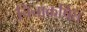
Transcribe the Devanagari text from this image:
चित्ताकर्षित